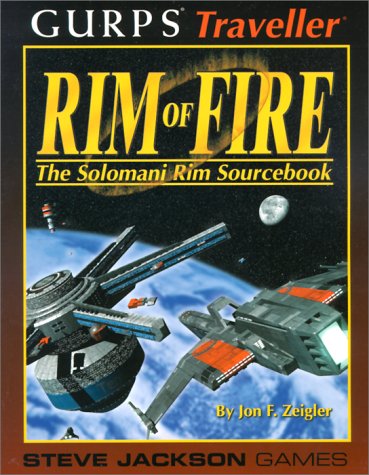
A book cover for Rim of Fire: The Solomani Rim Sourcebook, GURPS Traveller; Jon Zeigler; Science Fiction & Fantasy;